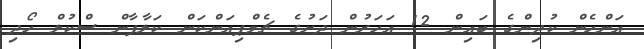
އަންހެން ކުދިންގެ ބައިން 12 އަހަރުން ދަށުގެ ޗެމްޕިއަންކަން ކަލާފާން ސްކުލް ހޯދި